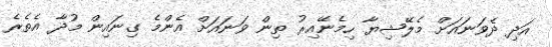
އަދި ދެވަނައަށް މެލޭޝިޔާ ހިމެނޭއިރު ތިން ވަނައަށް އެންމެ ގިނައިން މުދާ އެތެރެ